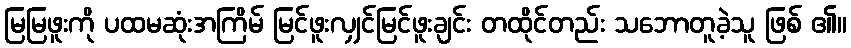
မြမြဖူးကို ပထမဆုံးအကြိမ် မြင်ဖူးလျှင်မြင်ဖူးချင်း တထိုင်တည်း သဘောတူခဲ့သူ ဖြစ် ၏။